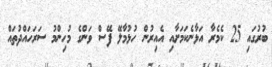
ބުރުގައި 25 ކެމެރާ އަޅާނެކަމަށާއި އެއިރުން ހުޅުމާލޭ ފޭސް ވަންގެ މުހިންމު ސަރަހައްދުތައް